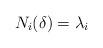
LaTeX: \begin{align*}N_i(\delta)=\lambda_i\end{align*}